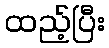
ထည့်ပြီး